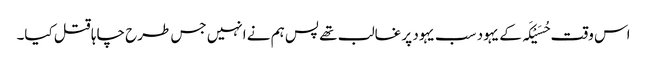
اس وقت حُسَیْکَہ کے یہود سب یہود پر غالب تھے پس ہم نے انہیں جس طرح چاہا قتل کیا۔